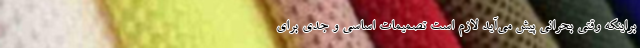
براینکه وقتی بحرانی پیش می‌آید لازم است تصمیمات اساسی و جدی برای